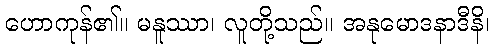
ဟောကုန်၏။ မနူဿာ၊ လူတို့သည်။ အနုမောဒနာဒီနိ၊